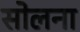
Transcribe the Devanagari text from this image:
सोलना